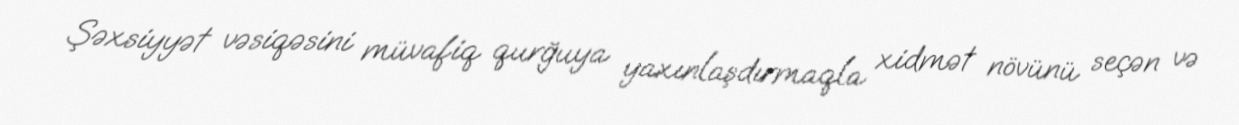
Şəxsiyyət vəsiqəsini müvafiq qurğuya yaxınlaşdırmaqla xidmət növünü seçən və